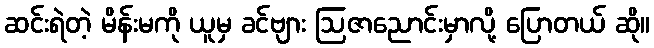
ဆင်းရဲတဲ့ မိန်းမကို ယူမှ ခင်ဗျား ဩဇာညောင်းမှာလို့ ပြောတယ် ဆို။